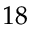
1 8